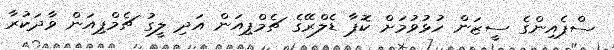
ސްޕެއިންގެ ސީޒަން ހުޅުވުމަށް ކޮޕާ ޑެލްރޭގެ ޗެމްޕިއަން އަދި ލީގު ޗެމްޕިއަން ވާދަކުރާ